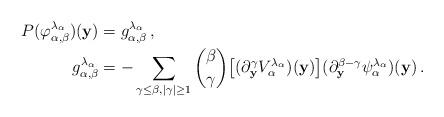
LaTeX: \begin{align*} P(\varphi_{\alpha,\beta}^{\lambda_{\alpha}})({\bf y})&=g_{\alpha,\beta}^{\lambda_{\alpha}}\,,\\ g_{\alpha,\beta}^{\lambda_{\alpha}}&= -\sum_{\gamma\le\beta, |\gamma|\ge1}\binom{\beta}{\gamma}\big[(\partial_{\bf y}^{\gamma}V_{\alpha}^{\lambda_{\alpha}})({\bf y})\big](\partial_{\bf y}^{\beta-\gamma}\psi_{\alpha}^{\lambda_{\alpha}})({\bf y})\,.\end{align*}